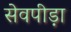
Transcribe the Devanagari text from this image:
सेवपीड़ा